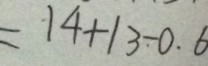
= 1 4 + 1 3 - 0 . 6